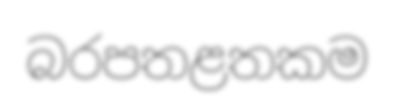
බරපතළතකම